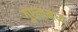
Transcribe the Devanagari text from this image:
गुरुत्वमध्य